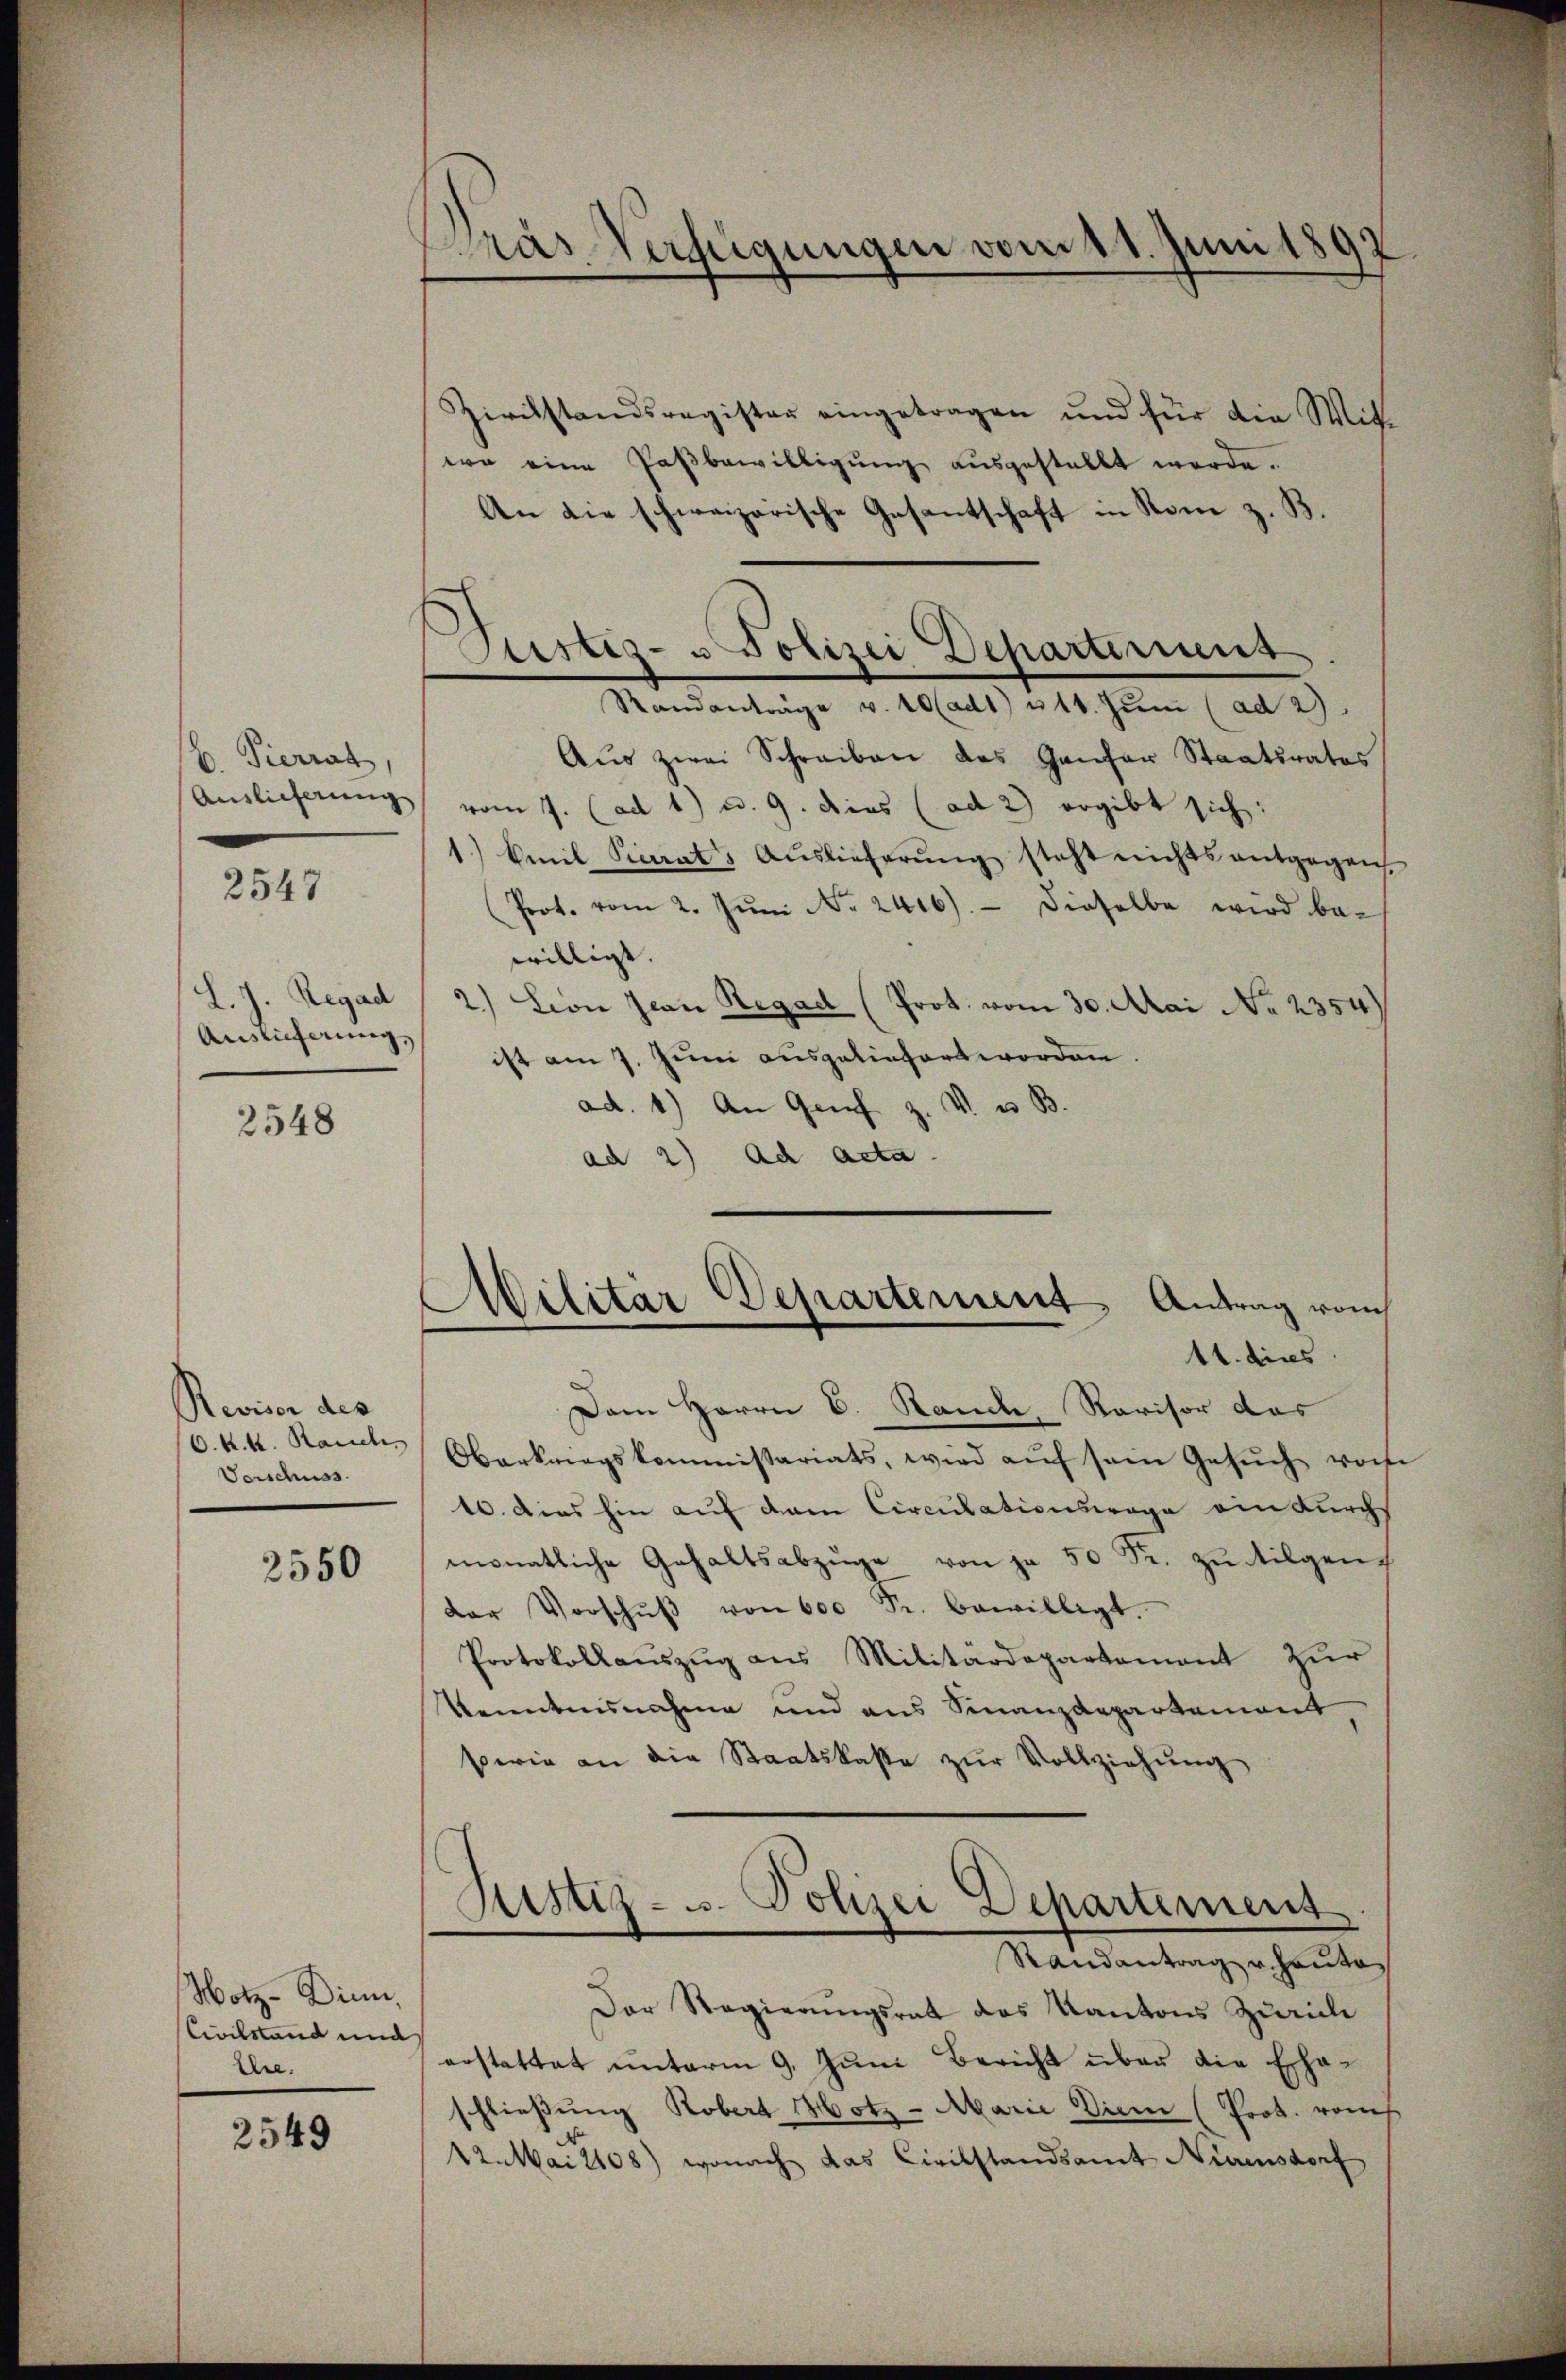
b. Pierrat
Auslieferung

2547

L. J. Regad
Auslieferung,

2548

Reviser des
O. k. k. Rauch
Vorschuss

2550

Notz-Diene,
Civilstand und
Er.

2549

Zivilstandsregister eingetragen und für die Wit
wa eine Paßbewilligung ausgestellt werde.
An die schweizerische Gesantschaft in Rom z. B.
Randanträge v. 10ladt) u. 14. Juni (ad 2.
Aŭs zwei Schreiben des Gantar Staatsrates
vom 7. (ad 1) u. 9. dies (ad 2) ergibt sich:
1.) Emil Picrats Auslieferŭng steht nichts entgegen
(Prot. vom 2. Jŭni No 2416). Dieselbe wird be-
willigt.
) Lion Jean Regad (Prot. vom 30. Mai No 2354)
ist am 7. Juni ausgeliefert worden.
ad. 4.) An Genf z. V. u. B.
ad 2) ad acta.

rás-Verfügungen vom 11. Juni 1897

Militär Departement Antrag vom

11. dies
Dem Herrn C. Stande, Revisor das
Oberkungskommissariats, wird aŭf sein Gesŭch von
10. dies hin auf dem Circulationswage am durchs
monatliche Gehaltsabzüge von je 50 Fr. zu tilgender Vorschŭβ von 600 Fr. bewilligt.
Protokollaŭszŭg ans Militärdepartement zŭr
Kenntnisnahme und aus Finanzdepartement
sperie an die Staatskaste zŭr Vollziehŭng
Randantrag u. heute
Der Regierungsrat des Kantons Zürich
erstattet unterm 9. Juni Bericht über die Eheschließung Robers Hotz - Marie Diem (Prot. vom
22. Mai 2108) wonach das Civilstandsamt Niuisdorf

Justiz- u. Polizei Departement